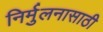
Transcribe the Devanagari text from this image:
निर्मुलनासाठी